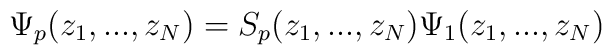
\Psi_p(z_1,...,z_N)=S_p(z_1,...,z_N)\Psi_1(z_1,...,z_N)